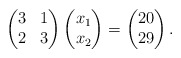
\begin{align*} \begin{pmatrix} 3&1\\ 2&3 \end{pmatrix} \begin{pmatrix} x_1\\ x_2 \end{pmatrix} =\begin{pmatrix} 20\\ 29 \end{pmatrix}. \end{align*}